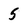
Character: 5